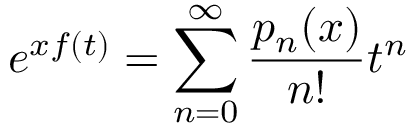
e ^ { x f ( t ) } = \sum _ { n = 0 } ^ { \infty } { \frac { p _ { n } ( x ) } { n ! } } t ^ { n }